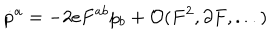
LaTeX: \dot { p } ^ { a } = - 2 e F ^ { a b } p _ { b } + { \cal O } ( F ^ { 2 } , \partial F , . . . )